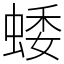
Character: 蜲